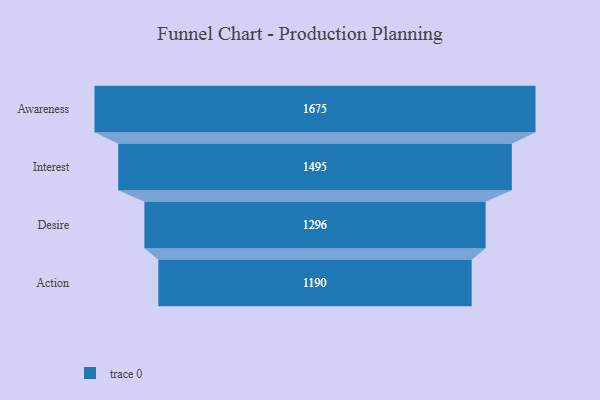
{"axis": {"x": "Stage", "y": "Value"}, "legend": [""], "data": [{"x": "Awareness", "y": 1675.0, "type": ""}, {"x": "Interest", "y": 1495.0, "type": ""}, {"x": "Desire", "y": 1296.0, "type": ""}, {"x": "Action", "y": 1190.0, "type": ""}]}